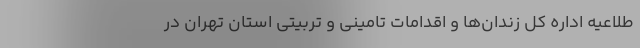
طلاعیه اداره کل زندان‌ها و اقدامات تامینی و تربیتی استان تهران در